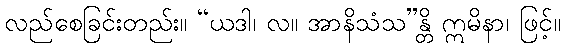
လည်စေခြင်းတည်း။ “ယဒါ၊ လ။ အာနိသံသ”န္တိ ဣမိနာ၊ ဖြင့်။